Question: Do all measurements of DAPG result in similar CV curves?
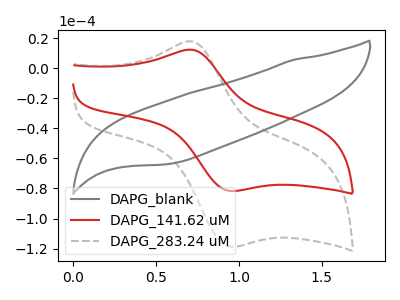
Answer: <think>The gray curve "DAPG_blank" has no peaks. The red curve "DAPG_141.62 uM" has an anodic peak at (0.70V, 12.05uA) and a cathodic peak at (0.95V, -81.65uA). The gray dashed curve "DAPG_283.24 uM" has an anodic peak at (0.70V, 17.55uA) and a cathodic peak at (0.95V, -118.75uA).
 "DAPG_blank" and "DAPG_141.62 uM" have a different number of peaks. "DAPG_blank" and "DAPG_283.24 uM" have a different number of peaks. All the peaks in "DAPG_141.62 uM" have a peak in "DAPG_283.24 uM" at the same potential. Every peak in "DAPG_141.62 uM" is lower than every peak in "DAPG_283.24 uM".</think>
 <answer>All the CV's of "DAPG" have similar shape.</answer>
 <eval>follow_rule</eval>